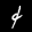
Label: 4